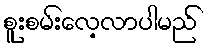
စူးစမ်းလေ့လာပါမည်